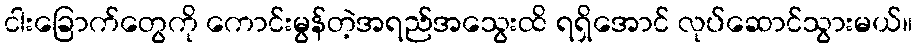
ငါးခြောက်တွေကို ကောင်းမွန်တဲ့အရည်အသွေးထိ ရရှိအောင် လုပ်ဆောင်သွားမယ်။